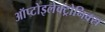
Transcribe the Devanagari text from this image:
ऑप्टोइलेक्ट्रोनिक्स